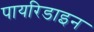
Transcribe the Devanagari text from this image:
पायरिडाइन